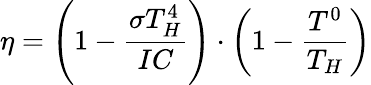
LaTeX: \eta=\left(1-{\frac{\sigma T_{H}^{4}}{IC}}\right)\cdot\left(1-{\frac{T^{0}}{T_{H}}}\right)